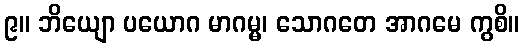
၉။ ဘိယျော ပယောဂ မာဂမ္မ၊ သောဂတေ အာဂမေ ကွစိ။